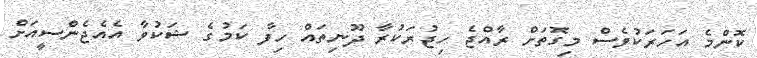
ކޮންމެ އަހަރަކުވެސް މިގޮތަށް ރާއްޖެ ހިޖުރަކުރާ ދޫނިތައް ހިފާ ކަމުގެ ޝަކުވާ އެއެޖެންސީއަށް